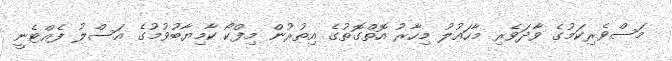
މަސްވެރިކަމުގެ ވާދަވެރި މާހައުލު މިހާރު އޮތްގޮތުގެ އިތުރުން މިފްކޯ ކާމިޔާބުވުމުގެ އަސްލު ފެއްޓެނީ